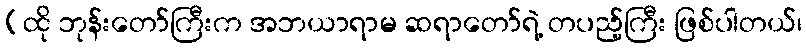
(ထို ဘုန်းတော်ကြီးက အဘယာရာမ ဆရာတော်ရဲ့ တပည့်ကြီး ဖြစ်ပါတယ်၊